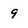
Character: 9